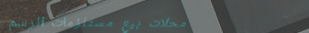
محلات بيع مستلزمات الرسم